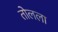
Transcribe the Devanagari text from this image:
तोलला